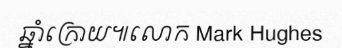
ឆ្នាំក្រោយ៕លោក Mark Hughes